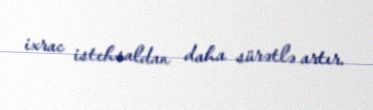
ixrac istehsaldan daha sürətlə artır.